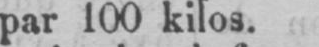
par 100 kilos.